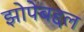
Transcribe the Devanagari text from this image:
झोपेबद्दल